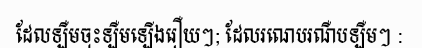
ដែលឡឺមចុះឡឺមឡើងរឿយៗ; ដែលរណេបរណឺបឡឺមៗ :